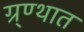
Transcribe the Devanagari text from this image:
ग्र्ण्थात